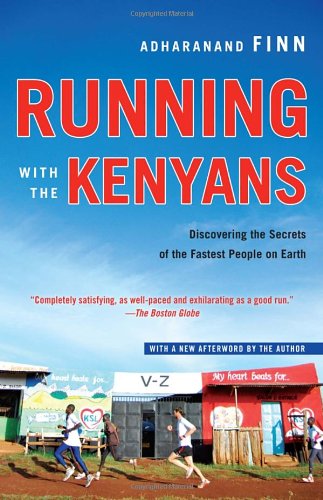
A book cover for Running with the Kenyans: Discovering the Secrets of the Fastest People on Earth; Adharanand Finn; Travel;